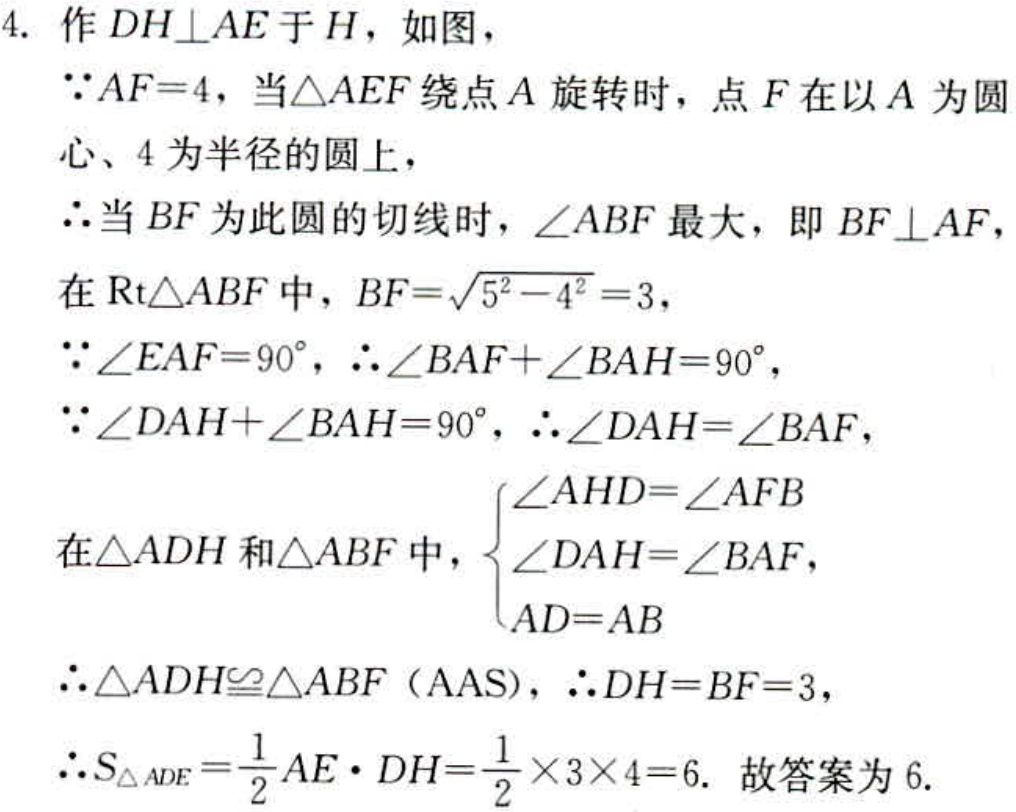
4. 作 \(DH\perp AE\) 于 \(H\)，如图，
\(\because AF = 4\)，当 \(\triangle AEF\) 绕点 \(A\) 旋转时，点 \(F\) 在以 \(A\) 为圆心、\(4\) 为半径的圆上，
\(\therefore\) 当 \(BF\) 为此圆的切线时，\(\angle ABF\) 最大，即 \(BF\perp AF\)，
在 \(\text{Rt}\triangle ABF\) 中，\(BF=\sqrt{5^{2}-4^{2}} = 3\)，
\(\because\angle EAF = 90^{\circ}\)，\(\therefore\angle BAF+\angle BAH = 90^{\circ}\)，
\(\because\angle DAH+\angle BAH = 90^{\circ}\)，\(\therefore\angle DAH=\angle BAF\)，
在 \(\triangle ADH\) 和 \(\triangle ABF\) 中，\(\begin{cases}
\angle AHD=\angle AFB\\
\angle DAH=\angle BAF\\
AD = AB
\end{cases}\)
\(\therefore\triangle ADH\cong\triangle ABF\)（\(\text{AAS}\)），\(\therefore DH = BF = 3\)，
\(\therefore S_{\triangle ADE}=\frac{1}{2}AE\cdot DH=\frac{1}{2}\times3\times4 = 6\). 故答案为 \(6\).